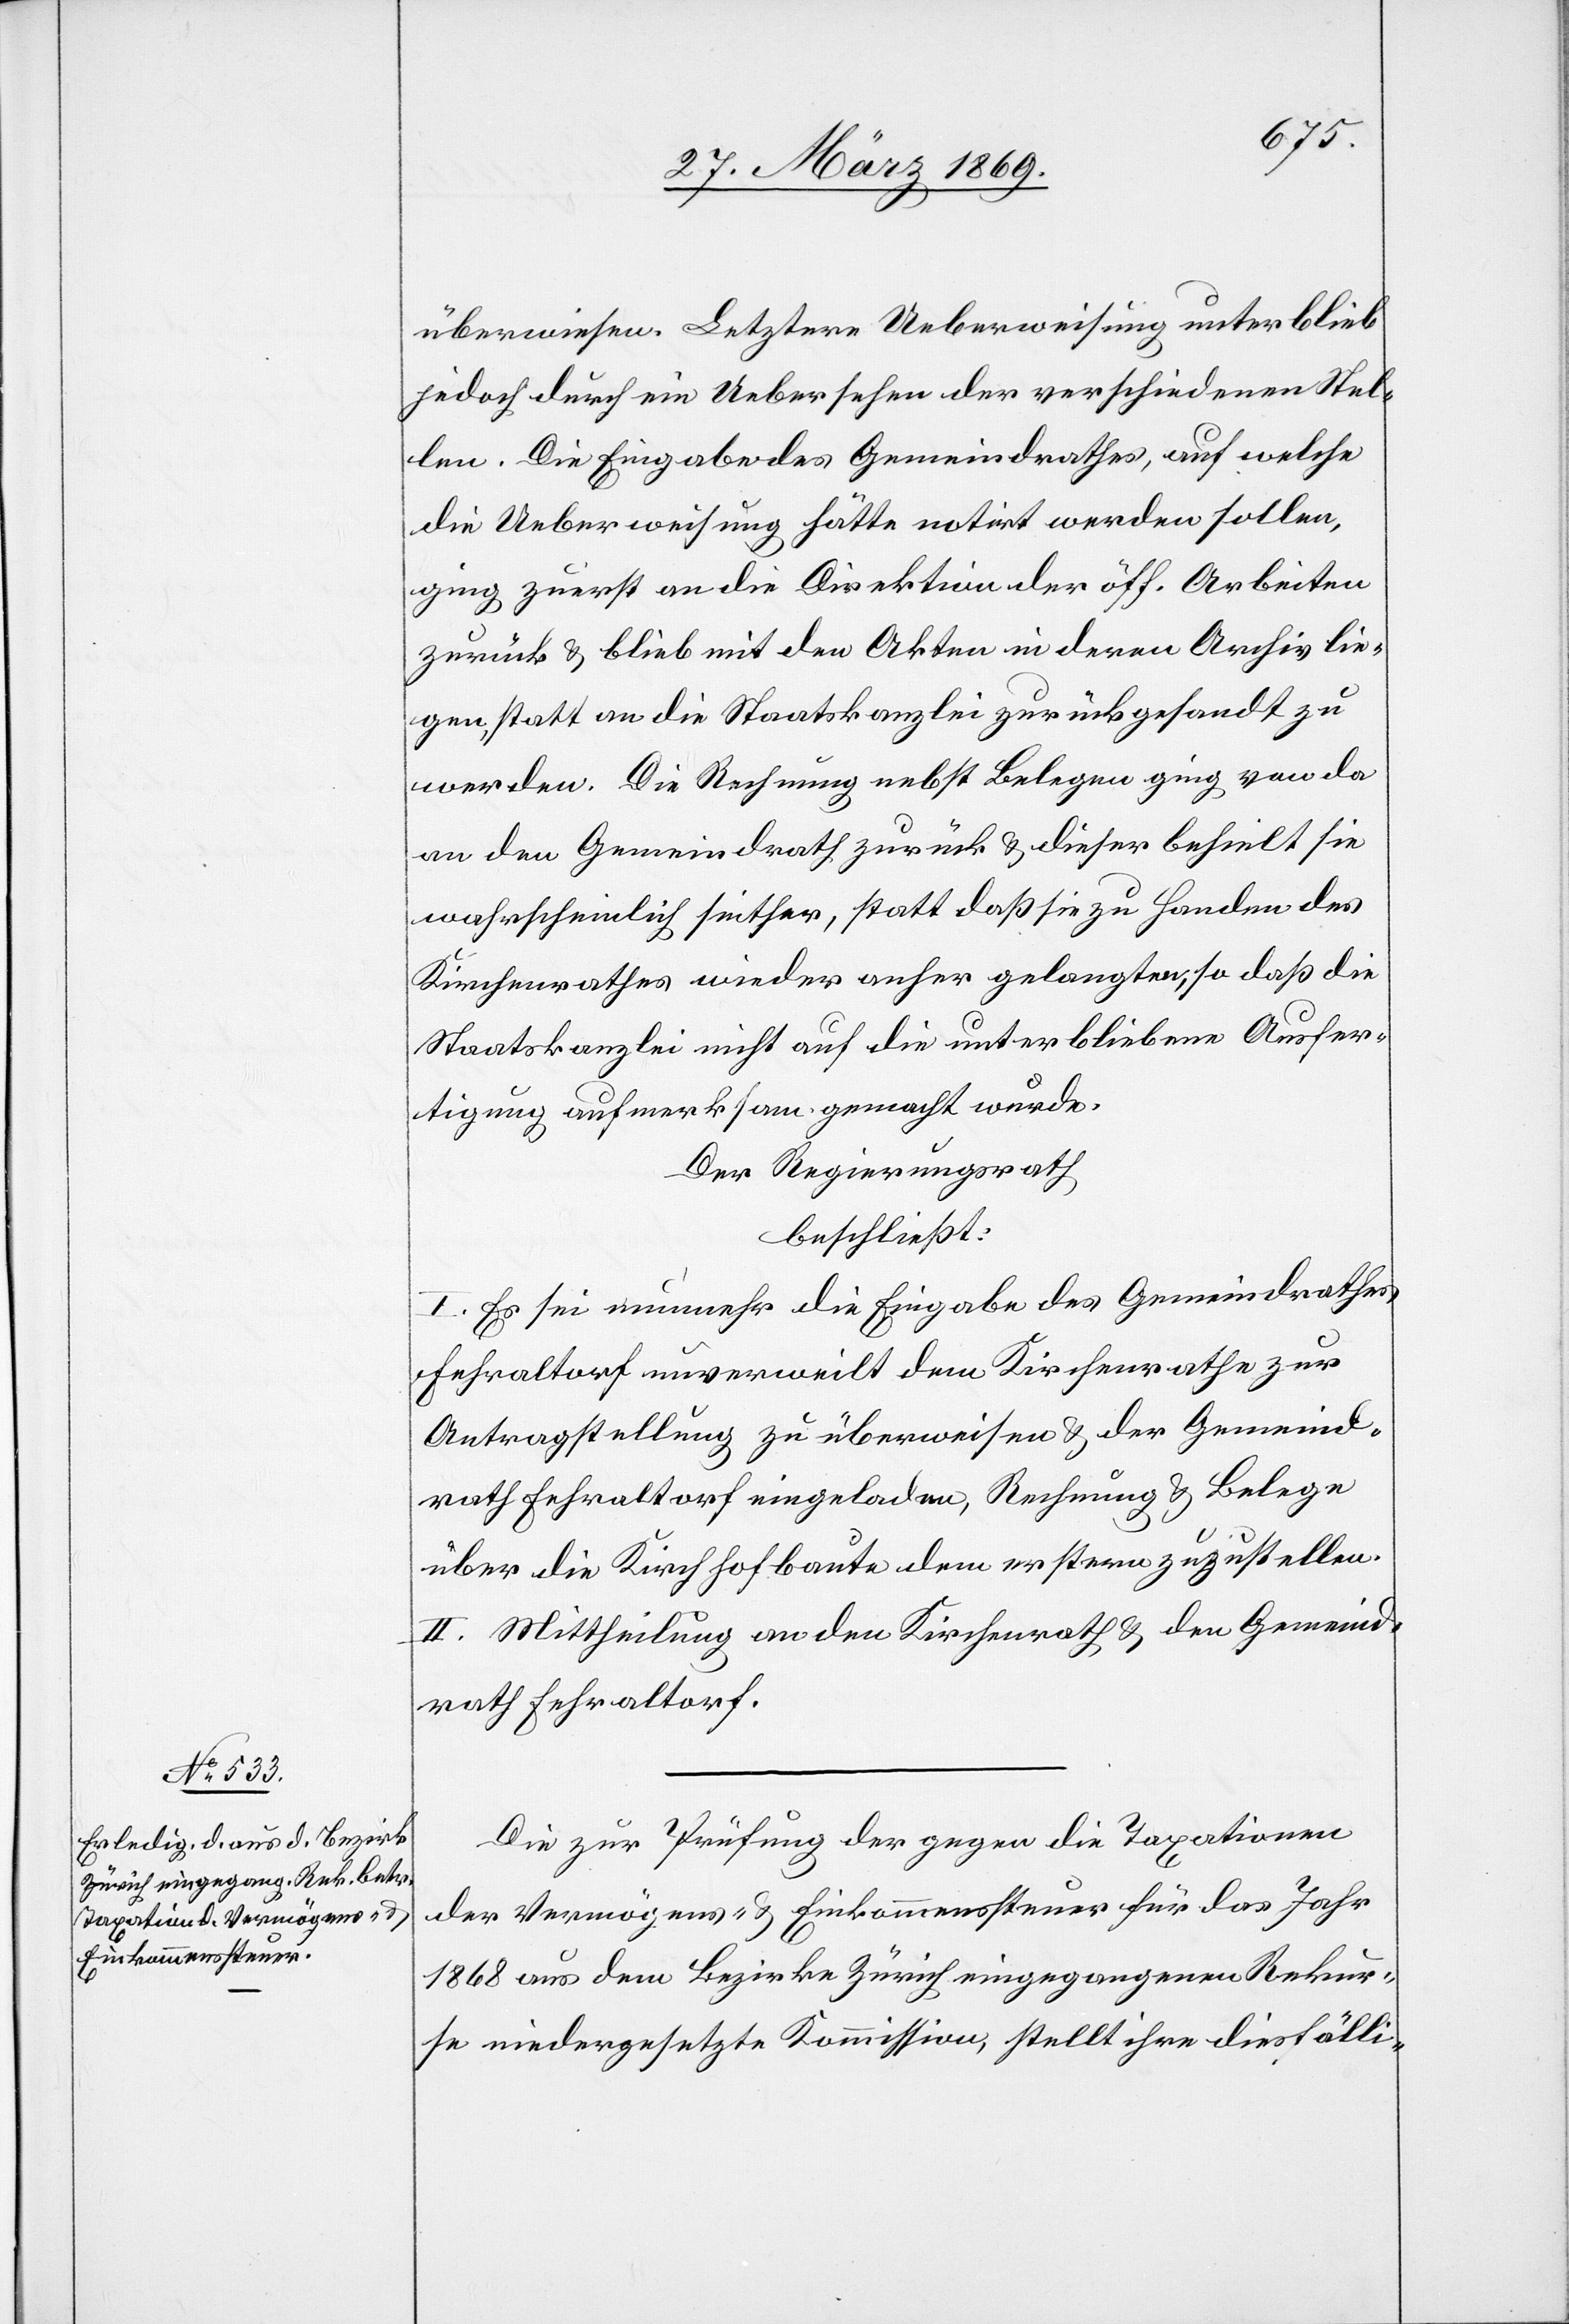
jedoch durch ein Uebersehen der verschiedenen Stel¬
len. Die Eingabe des Gemeindrathes, auf welche
die Ueberweisung hätte notirt werden sollen,
ging zuerst an die Direktion der öff. Arbeiten
zurück u. blieb mit den Akten in deren Archiv lie¬
gen, statt in die Staatskanzlei zurückgesandt zu
werden. Die Rechnung nebst Belegen ging, von da
an den Gemeindrath zurück u. dieser behielt sie
wahrscheinlich seither, statt daß sie zu Handen des
Kirchenrathes wieder anher gelangen, so daß die
Staatskanzlei nicht auf die unterbliebene Ausfer¬
tigung aufmerksam gemacht wurde.
Der Regierungsrath
beschließt:
I. Es sei nunmehr die Eingabe des Gemeindrathes,
Fehraltorf unverweilt dem Kirchenrathe zur
Antragstellung zu überweisen u. der Gemeind¬
rath Fehraltorf eingeladen, Rechnung u. Belege
über die Kirchhofbaute dem erstern zuzustellen.
II. Mittheilung an den Kirchenrathe u. den Gemeind¬
rath Fehraltorf.
Die zur Prüfung der gegen die Taxation
der Vermögens- u. Einkommenssteuer für das Jahr
1868 aus dem Bezirke Zürich eingegangenen Rekur¬
se niedergesetzte Kommission, stellt ihre diesfälli-